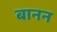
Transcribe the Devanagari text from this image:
बानन